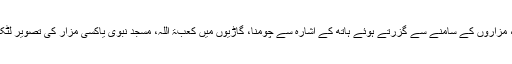
ہندو تیوہاروں میں مانگ پر ٹیکہ لگانا، کلائی پر بدھی باندھنا، مزاروں کے سامنے سے گزرتے ہوئے ہاتھ کے اشارہ سے چومنا، گاڑیوں میں کعبۃ اللہ، مسجد نبوی یاکسی مزار کی تصویر لٹکا کر اس پر پھول کی مالا چڑھانا بھی اسی غفلت کا نتیجہ ہے۔